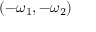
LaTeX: ( - \omega _ { 1 } , - \omega _ { 2 } )